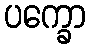
ပက္ခော